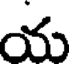
య